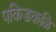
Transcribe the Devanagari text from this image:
पकिडकळि